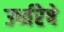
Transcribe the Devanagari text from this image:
उर्ध्वरेषे